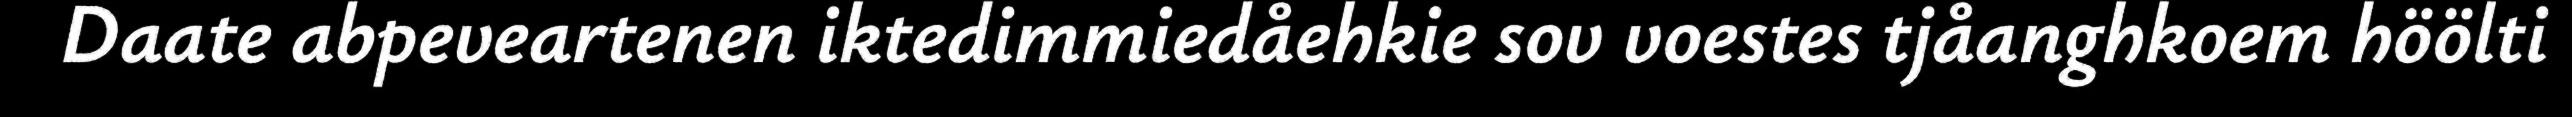
Daate abpeveartenen iktedimmiedåehkie sov voestes tjåanghkoem höölti